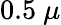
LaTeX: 0.5\ \mu